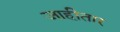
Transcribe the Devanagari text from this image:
जाहीतार